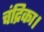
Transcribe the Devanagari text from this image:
चंद्रिका।